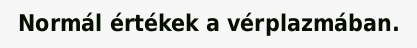
Normál értékek a vérplazmában.